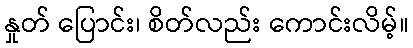
နှုတ် ပြောင်း၊ စိတ်လည်း ကောင်းလိမ့်။